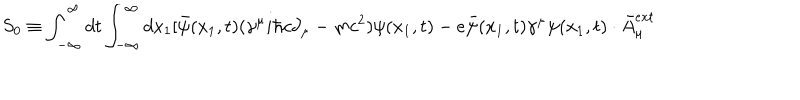
S _ { 0 } \equiv \int _ { - \infty } ^ { \infty } d t \int _ { - \infty } ^ { \infty } d x _ { 1 } [ \bar { \psi } ( x _ { 1 } , t ) ( { \gamma } ^ { \mu } i { \hbar } c { \partial } _ { \mu } - m c ^ { 2 } ) { \psi } ( x _ { 1 } , t ) - e \bar { \psi } ( x _ { 1 } , t ) { \gamma } ^ { \mu } { \psi } ( x _ { 1 } , t ) \cdot \bar { A } _ { \mu } ^ { e x t }